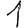
Digit: 1